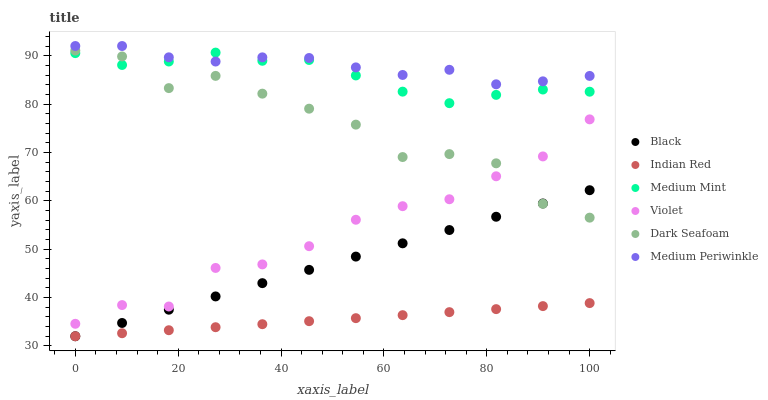
| xaxis_label | Black | Indian Red | Medium Mint | Violet | Dark Seafoam | Medium Periwinkle |
 | --- | --- | --- | --- | --- | --- | --- |
 | 0 | 32 | 32 | 90.5 | 34.6 | 91.1 | 92 |
 | 9.09 | 34.7 | 32.6 | 88.1 | 38.4 | 89.8 | 92 |
 | 18.2 | 37.5 | 33.2 | 88.8 | 38.2 | 83.3 | 89.7 |
 | 27.3 | 40.2 | 33.9 | 90.6 | 46.1 | 85.8 | 88.8 |
 | 36.4 | 43 | 34.5 | 88.9 | 46.9 | 82.2 | 89.7 |
 | 45.5 | 45.7 | 35.1 | 89.1 | 50.6 | 79 | 89.5 |
 | 54.5 | 48.5 | 35.7 | 85.9 | 56.1 | 75.7 | 87.6 |
 | 63.6 | 51.2 | 36.4 | 82.6 | 58.9 | 69 | 86 |
 | 72.7 | 54 | 37 | 80.2 | 60.3 | 69.7 | 87.1 |
 | 81.8 | 56.7 | 37.6 | 81.9 | 65.1 | 67.8 | 84.1 |
 | 90.9 | 59.4 | 38.2 | 83 | 69.2 | 59.4 | 84.7 |
 | 100 | 62.2 | 38.9 | 82.6 | 76.8 | 56.5 | 85.8 |